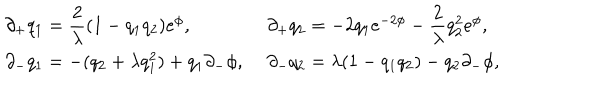
LaTeX: \left. \begin{array} { l l } { { \partial _ { + } q _ { 1 } = { \displaystyle \frac { 2 } { \lambda } } ( 1 - q _ { 1 } q _ { 2 } ) e ^ { \phi } , \, \, } } & { { \partial _ { + } q _ { 2 } = - 2 q _ { 1 } e ^ { - 2 \phi } - { \displaystyle \frac { 2 } { \lambda } } q _ { 2 } ^ { 2 } e ^ { \phi } , } } \\ { { \partial _ { - } q _ { 1 } = - ( q _ { 2 } + \lambda q _ { 1 } ^ { 2 } ) + q _ { 1 } \partial _ { - } \phi , \, \, } } & { { \partial _ { - } q _ { 2 } = \lambda ( 1 - q _ { 1 } q _ { 2 } ) - q _ { 2 } \partial _ { - } \phi , } } \\ \end{array} \right.